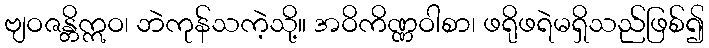
ဗျဝဇန္တိဣဝ၊ ဘဲကုန်သကဲ့သို့။ အဝိကိဏ္ဏဝါစာ၊ ဖရိုဖရဲမရှိသည်ဖြစ်၍